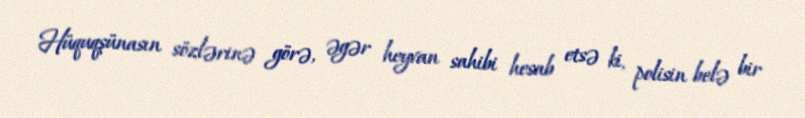
Hüquqşünasın sözlərinə görə, əgər heyvan sahibi hesab etsə ki, polisin belə bir